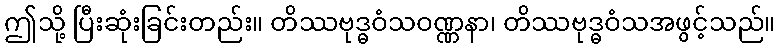
ဤသို့ ပြီးဆုံးခြင်းတည်း။ တိဿဗုဒ္ဓဝံသဝဏ္ဏနာ၊ တိဿဗုဒ္ဓဝံသအဖွင့်သည်။